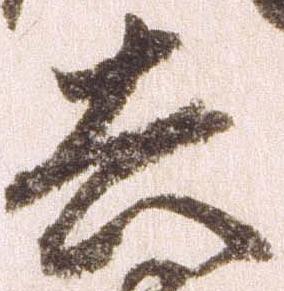
去